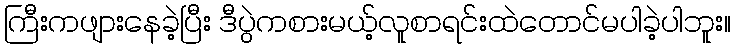
ကြီးကဖျားနေခဲ့ပြီး ဒီပွဲကစားမယ့်လူစာရင်းထဲတောင်မပါခဲ့ပါဘူး။